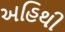
અહિથી